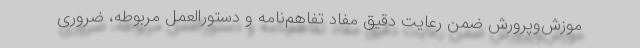
موزش‌وپرورش ضمن رعایت دقیق مفاد تفاهم‌نامه و دستورالعمل مربوطه، ضروری